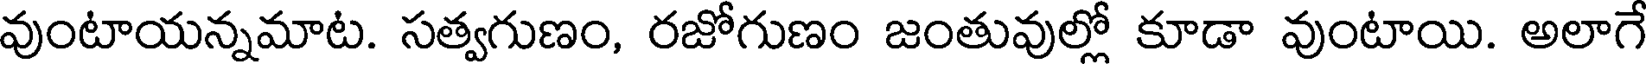
వుంటాయన్నమాట. సత్వగుణం, రజోగుణం జంతువుల్లో కూడా వుంటాయి. అలాగే